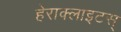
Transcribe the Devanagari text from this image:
हेराक्लाइटस्